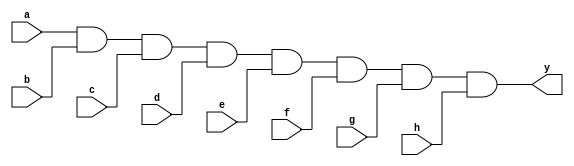
module eight_input_and_gate (
    input a,
    input b,
    input c,
    input d,
    input e,
    input f,
    input g,
    input h,
    output y
);

assign y = a & b & c & d & e & f & g & h;

endmodule